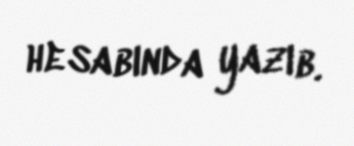
hesabında yazıb.